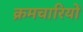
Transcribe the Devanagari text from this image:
क्रमचारियों